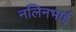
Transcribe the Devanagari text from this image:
नलिनभाई